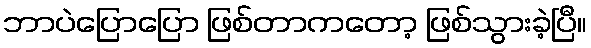
ဘာပဲပြောပြော ဖြစ်တာကတော့ ဖြစ်သွားခဲ့ပြီ။